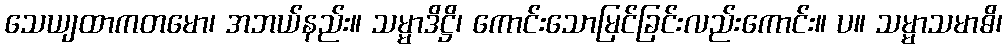
သေယျထာကတမော၊ အဘယ်နည်း။ သမ္မာဒိဋ္ဌိ၊ ကောင်းသောမြင်ခြင်းလည်းကောင်း။ ပ။ သမ္မာသမာဓိ၊